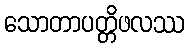
သောတာပတ္တိဖလဿ